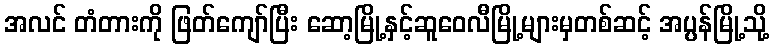
အလင် တံတားကို ဖြတ်ကျော်ပြီး ဆော့မြို့နှင့်ဆူဝေလီမြို့များမှတစ်ဆင့် အပ္ပန်မြို့သို့